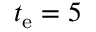
t _ { \mathrm { e } } = 5